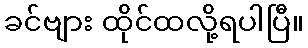
ခင်ဗျား ထိုင်ထလို့ရပါပြီ။